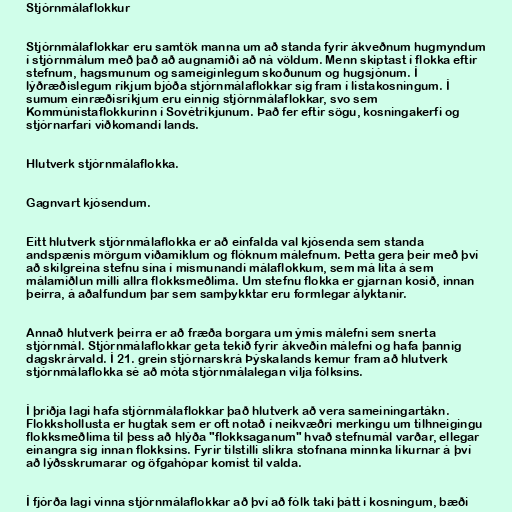
Stjórnmálaflokkur

Stjórnmálaflokkar eru samtök manna um að standa fyrir ákveðnum hugmyndum
í stjórnmálum með það að augnamiði að ná völdum. Menn skiptast í flokka eftir
stefnum, hagsmunum og sameiginlegum skoðunum og hugsjónum. Í
lýðræðislegum ríkjum bjóða stjórnmálaflokkar sig fram í listakosningum. Í
sumum einræðisríkjum eru einnig stjórnmálaflokkar, svo sem
Kommúnistaflokkurinn í Sovétríkjunum. Það fer eftir sögu, kosningakerfi og
stjórnarfari viðkomandi lands.

Hlutverk stjórnmálaflokka.

Gagnvart kjósendum.

Eitt hlutverk stjórnmálaflokka er að einfalda val kjósenda sem standa
andspænis mörgum viðamiklum og flóknum málefnum. Þetta gera þeir með því
að skilgreina stefnu sína í mismunandi málaflokkum, sem má líta á sem
málamiðlun milli allra flokksmeðlima. Um stefnu flokka er gjarnan kosið, innan
þeirra, á aðalfundum þar sem samþykktar eru formlegar ályktanir.

Annað hlutverk þeirra er að fræða borgara um ýmis málefni sem snerta
stjórnmál. Stjórnmálaflokkar geta tekið fyrir ákveðin málefni og hafa þannig
dagskrárvald. Í 21. grein stjórnarskrá Þýskalands kemur fram að hlutverk
stjórnmálaflokka sé að móta stjórnmálalegan vilja fólksins.

Í þriðja lagi hafa stjórnmálaflokkar það hlutverk að vera sameiningartákn.
Flokkshollusta er hugtak sem er oft notað í neikvæðri merkingu um tilhneigingu
flokksmeðlima til þess að hlýða "flokksaganum" hvað stefnumál varðar, ellegar
einangra sig innan flokksins. Fyrir tilstilli slíkra stofnana minnka líkurnar á því
að lýðsskrumarar og öfgahópar komist til valda.

Í fjórða lagi vinna stjórnmálaflokkar að því að fólk taki þátt í kosningum, bæði